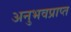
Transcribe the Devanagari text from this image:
अनुभवप्राप्त